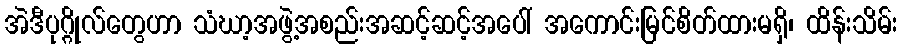
အဲဒီပုဂ္ဂိုလ်တွေဟာ သံဃာ့အဖွဲ့အစည်းအဆင့်ဆင့်အပေါ် အကောင်းမြင်စိတ်ထားမရှိ၊ ထိန်းသိမ်း